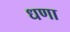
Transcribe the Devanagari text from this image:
धणा